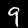
Label: 9